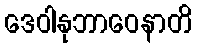
ဒေဝါနုဘာဝေနာတိ